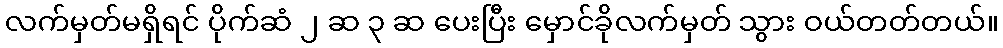
လက်မှတ်မရှိရင် ပိုက်ဆံ ၂ ဆ ၃ ဆ ပေးပြီး မှောင်ခိုလက်မှတ် သွား ဝယ်တတ်တယ်။